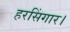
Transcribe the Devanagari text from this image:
हरसिंगार।